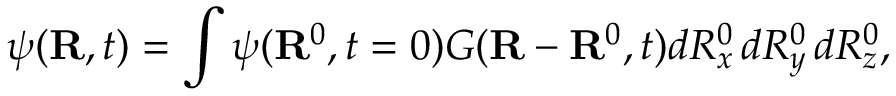
\psi ( \mathbf { R } , t ) = \int \psi ( \mathbf { R } ^ { 0 } , t = 0 ) G ( \mathbf { R } - \mathbf { R } ^ { 0 } , t ) d R _ { x } ^ { 0 } \, d R _ { y } ^ { 0 } \, d R _ { z } ^ { 0 } ,